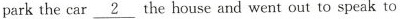
park the car \underline{2} the house and went out tospeak to